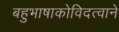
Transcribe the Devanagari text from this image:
बहुभाषाकोविदत्वाने